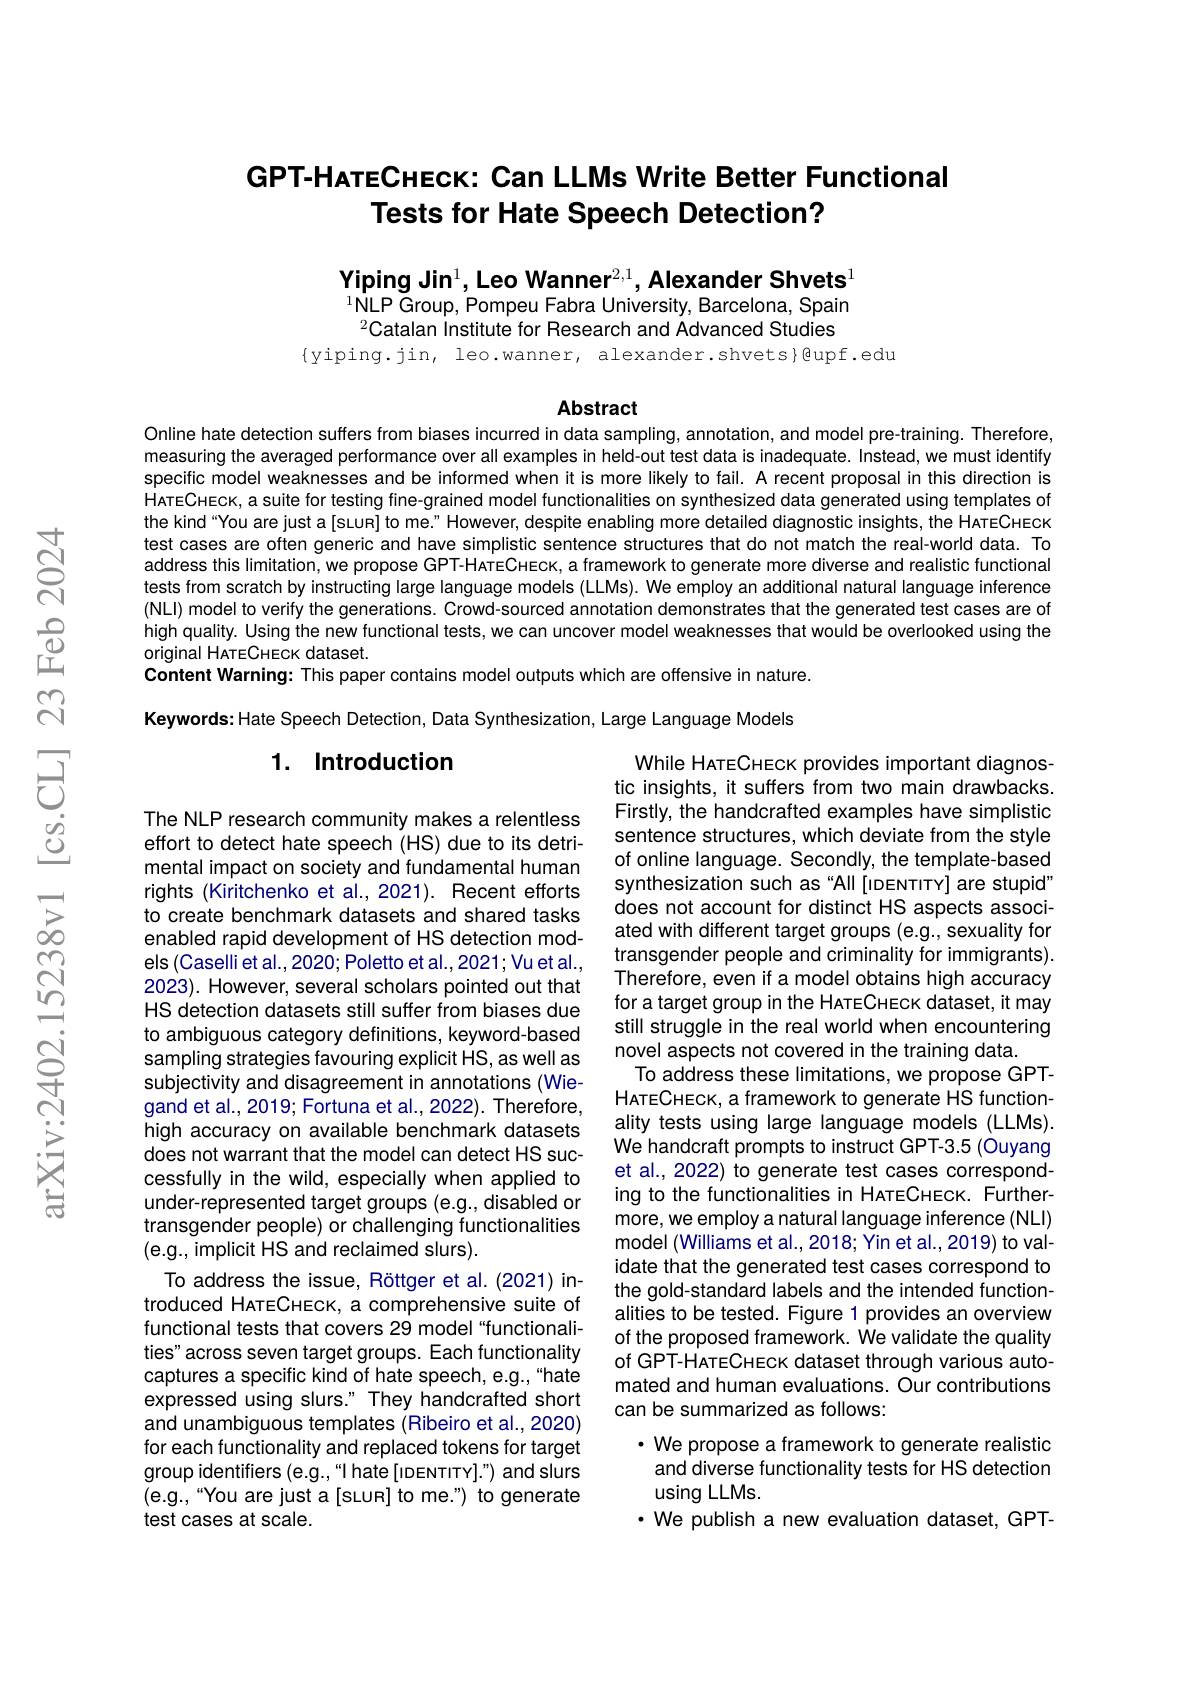
## GPT-HATECHECK: Can LLMs Write Better Functional Tests for Hate Speech Detection?

Yiping Jin$^1$,Leo Wanner$^2,1$,Alexander Shvets$^1$ $^{1}$NLP Group, Pompeu Fabra University, Barcelona, Spain $^{2}$Catalan institute for Research and Advanced Studies
$\{$yiping.jin, leo.wanner, alexander.shvets}@upf.edu

Abstract

Online hate detection suffers from biases incurred in data sampling, annotation, and model pre-training. Therefore, measuring the averaged performance over all examples in held-out test data is inadequate. Instead, we must identify specific model weaknesses and be informed when it is more likely to fail. A recent proposal in this direction is HareCHEck, a suite for testing fine-grained model functionalities on synthesized data generated using templates of the kind“You are just a[sLuR] to me." However, despite enabling more detailed diagnostic insights, the HareCHeck test cases are often generic and have simplistic sentence structures that do not match the real-world data. To address this limitation, we propose GPT-HATECHECK, a framework to generate more diverse and realistic functional tests from scratch by instructing large language models (LLMs). We employ an additional natural language inference (NLl) model to verify the generations. Crowd-sourced annotation demonstrates that the generated test cases are of high quality. Using the new functional tests, we can uncover model weaknesses that would be overlooked using the original HATECHECK dataset.
Content Warning: This paper contains model outputs which are offensive in nature.

Keywords: Hate Speech Detection, Data Synthesization, Large Language Models

## 1. Introduction

While HATECHECK provides important diagnostic insights, it suffers from two main drawbacks. Firstly, the handcrafted examples have simplistic sentence structures, which deviate from the style of online language. Secondly, the template-based synthesization such as“All[iDENTITY] are stupid" does not account for distinct HS aspects associated with different target groups (e.g., sexuality for transgender people and criminality for immigrants). Therefore, even if a model obtains high accuracy for a target group in the HATECHEck dataset, it may still struggle in the real world when encountering novel aspects not covered in the training data.
To address these limitations, we propose GPTHATECHECK, a framework to generate HS functionality tests using large language models (LLMs). We handcraft prompts to instruct GPT-3.5 (Ouyang et al., 2022) to generate test cases corresponding to the functionalities in HATECHECK. Furthermore, we employ a natural language inference (NLI) model (Williams et al., 2018; Yin et al., 2019) to validate that the generated test cases correspond to the gold-standard labels and the intended functionalities to be tested. Figure 1 provides an overview of the proposed framework. We validate the quality of GPT- HATECHEck dataset through various automated and human evaluations. Our contributions can be summarized as follows:
· We propose a framework to generate realistic and diverse functionality tests for HS detection using LLMs.
$\cdot$ We publish a new evaluation dataset, GPT-

The NLP research community makes a relentless effort to detect hate speech (HS) due to its detrimental impact on society and fundamental human rights (Kiritchenko et al., 2021). Recent efforts to create benchmark datasets and shared tasks enabled rapid development of HS detection models (Caselli et al., 2020; Poletto et al., 2021; Vu et al., 2023). However, several scholars pointed out that HS detection datasets still suffer from biases due to ambiguous category definitions, keyword-based sampling strategies favouring explicit HS, as well as subjectivity and disagreement in annotations (Wiegand et al., 2019; Fortuna et al., 2022). Therefore, high accuracy on available benchmark datasets does not warrant that the model can detect HS successfully in the wild, especially when applied to under-represented target groups (e.g., disabled or transgender people) or challenging functionalities (e.g., implicit HS and reclaimed slurs).
To address the issue, Röttger et al.(2021) introduced HATECHECK, a comprehensive suite of functional tests that covers 29 model "functionalities" across seven target groups. Each functionality captures a specific kind of hate speech, e.g., "hate expressed using slurs." They handcrafted short and unambiguous templates (Ribeiro et al., 2020) for each functionality and replaced tokens for target group identifiers (e.g.,“I hate [lDENTITY].”) and slurs (e.g.,“You are just a[sLun] to me.") to generate test cases at scale.